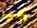
يجب